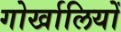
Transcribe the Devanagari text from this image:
गोर्खालियोँ